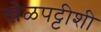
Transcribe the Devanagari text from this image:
खेळपट्टीशी